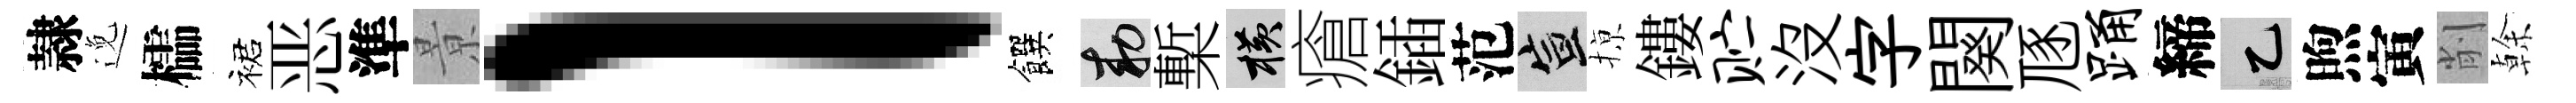
隷𨓜櫺裙恶準㬌l饌敕槧横瘡鍤范宣𢱊鏤贮没字闋豗踊締乙煦寅削𠏉